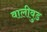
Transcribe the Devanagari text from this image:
वालीवुड